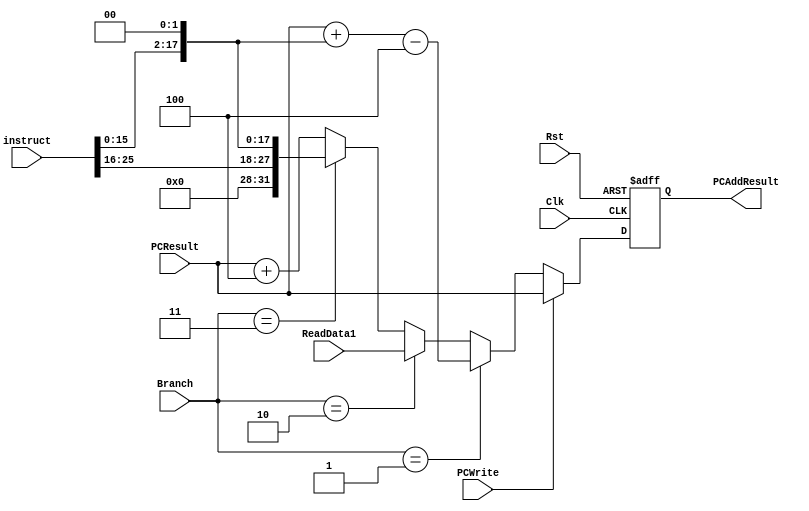
`timescale 1ns / 1ps

////////////////////////////////////////////////////////////////////////////////
// ECE369 - Computer Architecture
// Laboratory  
// Module - PCAdder.v
// Description - 32-Bit program counter (PC) adder.
// 
// INPUTS:-
// PCResult: 32-Bit input port.
// 
// OUTPUTS:-
// PCAddResult: 32-Bit output port.
//
// FUNCTIONALITY:-
// Design an incrementor (or a hard-wired ADD ALU whose first input is from the 
// PC, and whose second input is a hard-wired 4) that computes the current 
// PC + 4. The result should always be an increment of the signal 'PCResult' by 
// 4 (i.e., PCAddResult = PCResult + 4).
////////////////////////////////////////////////////////////////////////////////

module PCAdder(PCResult, PCAddResult, Rst, Clk, instruct, ReadData1, Branch, PCWrite);

    input [31:0] PCResult;
    input Rst, Clk, PCWrite;
    (* mark_debug = "true" *) input [25:0] instruct;  
    input [31:0] ReadData1;
    input [1:0] Branch;

    output [31:0] PCAddResult;
    
    reg [31:0] PCAddResult;
    

    /* Please fill in the implementation here... */
        always @ (posedge Clk, posedge Rst) begin //FIXME?
            if (Rst == 1) begin
                PCAddResult <= -4;
            end
            else begin  
                if (~PCWrite) begin  
                    if (Branch == 1) begin
                        //PCAddResult <= (PCResult) + (instruct[15:0] <<< 2) + 4;
                        PCAddResult <= (PCResult) + (instruct[15:0] <<< 2) - 4;
                    end
                    else if (Branch == 2) begin
                        PCAddResult <= ReadData1;
                    end
                    else if (Branch == 3) begin
                        PCAddResult <= instruct << 2;
                    end
                    else begin
                        PCAddResult <= PCResult + 4;
                    end
                end
                else PCAddResult <= PCResult;
            end
        end 
endmodule